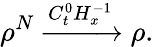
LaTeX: \rho^{N}\xrightarrow[]{C_{t}^{0}H_{x}^{-1}}\rho.